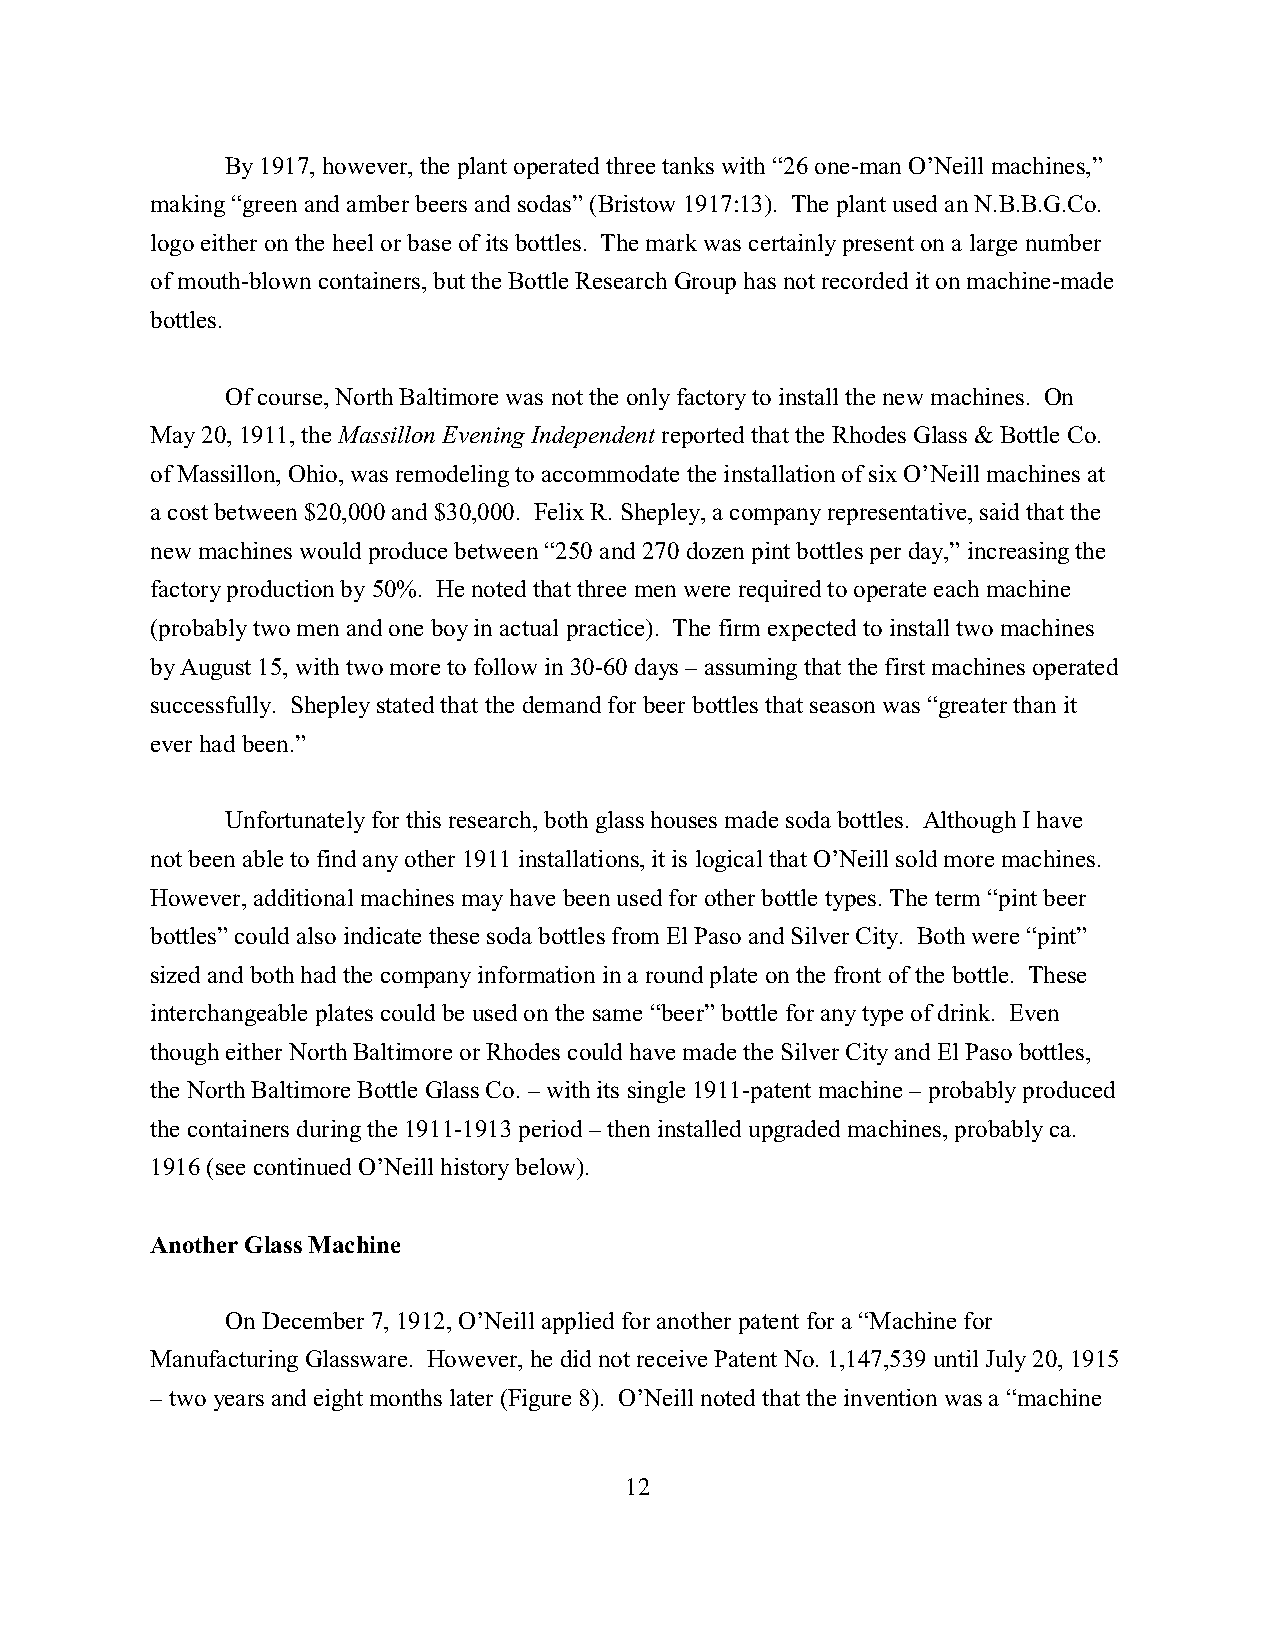
By 1917, however, the plant operated three tanks with “26 one-man O’Neill machines,”
 making “green and amber beers and sodas” (Bristow 1917:13). The plant used an N.B.B.G.Co.
 logo either on the heel or base of its bottles. The mark was certainly present on a large number
 of mouth-blown containers, but the Bottle Research Group has not recorded it on machine-made
 bottles.
 Of course, North Baltimore was not the only factory to install the new machines. On
 May 20, 1911, the Massillon Evening Independent reported that the Rhodes Glass & Bottle Co.
 of Massillon, Ohio, was remodeling to accommodate the installation of six O’Neill machines at
 a cost between $20,000 and $30,000. Felix R. Shepley, a company representative, said that the
 new machines would produce between “250 and 270 dozen pint bottles per day,” increasing the
 factory production by 50%. He noted that three men were required to operate each machine
 (probably two men and one boy in actual practice). The firm expected to install two machines
 by August 15, with two more to follow in 30-60 days – assuming that the first machines operated
 successfully. Shepley stated that the demand for beer bottles that season was “greater than it
 ever had been.”
 Unfortunately for this research, both glass houses made soda bottles. Although I have
 not been able to find any other 1911 installations, it is logical that O’Neill sold more machines.
 However, additional machines may have been used for other bottle types. The term “pint beer
 bottles” could also indicate these soda bottles from El Paso and Silver City. Both were “pint”
 sized and both had the company information in a round plate on the front of the bottle. These
 interchangeable plates could be used on the same “beer” bottle for any type of drink. Even
 though either North Baltimore or Rhodes could have made the Silver City and El Paso bottles,
 the North Baltimore Bottle Glass Co. – with its single 1911-patent machine – probably produced
 the containers during the 1911-1913 period – then installed upgraded machines, probably ca.
 1916 (see continued O’Neill history below).
 Another Glass Machine
 On December 7, 1912, O’Neill applied for another patent for a “Machine for
 Manufacturing Glassware. However, he did not receive Patent No. 1,147,539 until July 20, 1915
 – two years and eight months later (Figure 8). O’Neill noted that the invention was a “machine
 12